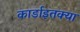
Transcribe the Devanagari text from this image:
कार्डाइतक्या